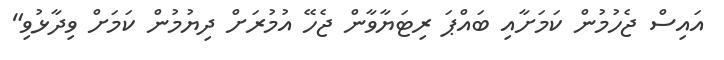
އައިސް ޖެހުމުން ކަމަށާއި ބައްޕަ ރިޓަޔާވާން ޖެހޭ އުމުރަށް ދިޔުމުން ކަމަށް ވިދާޅުވި"